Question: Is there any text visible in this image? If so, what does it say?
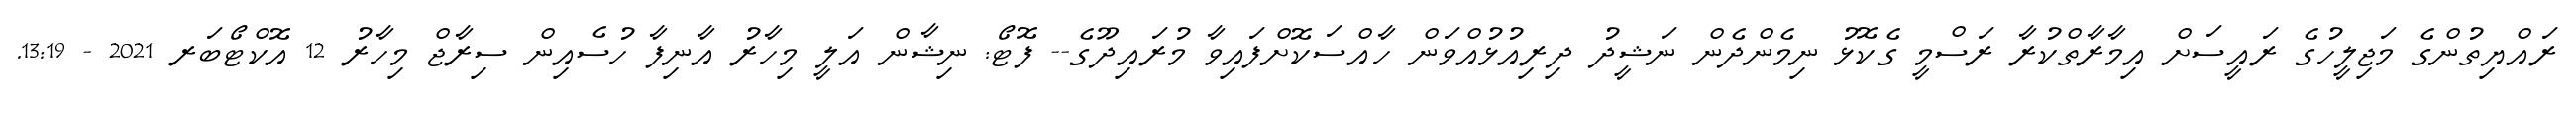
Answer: ރައްޔިތުންގެ މަޖިލީހުގެ ރައީސަށް އިމާރާތްކުރާ ރަސްމީ ގެކޮޅު ނިމެންދެން ނަޝީދު ދިރިއުޅުއްވަން ހާއްސަކޮށްފައިވާ މުރައިދޫގެ-- ފޮޓޯ: ނިޝާން އަލީ މިހާރު އާނިފާ ހުސެއިން ސިރާޖް މިހާރު 12 އޮކްޓޯބަރ 2021 - 13:19.